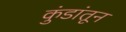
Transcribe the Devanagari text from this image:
कुंडांतून